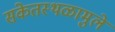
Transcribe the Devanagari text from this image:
संकेतस्थळामुले